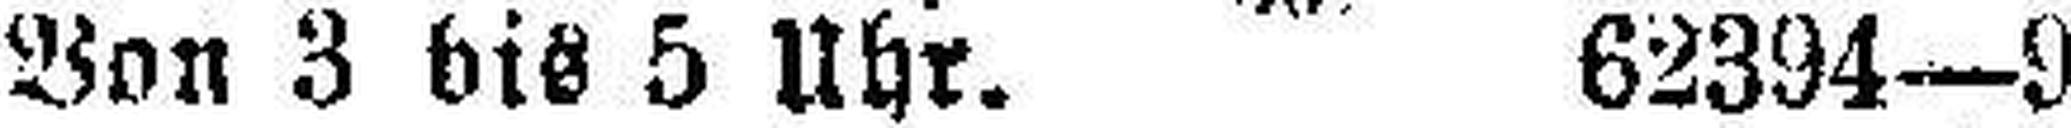
Von 3 bis 5 Uhr. 62394—9